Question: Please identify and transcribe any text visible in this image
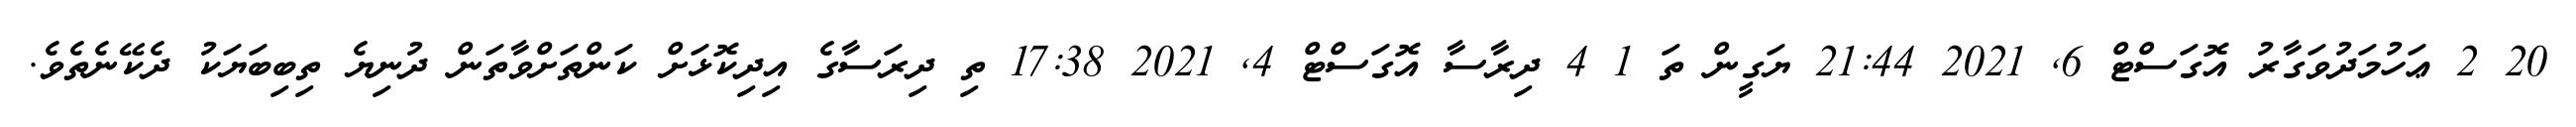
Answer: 20 2 ޢަހުމަދުވަގާރު އޮގަސްޓް 6, 2021 21:44 ޔަގީން ތަ 1 4 ދިރާސާ އޮގަސްޓް 4, 2021 17:38 ތި ދިރަސާގެ އިދިކޮޅަށް ކަންތަށްވާތަން ދުނިޔެ ތިބިބަޔަކު ދެކޭނެތެވެ.